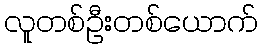
လူတစ်ဦးတစ်ယောက်